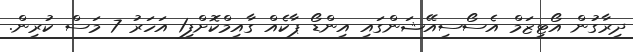
ދިރާގުން އޯޓިޒަމް އެސޯސިއޭޝަންގައި އިންޑޯ ޕާކެއް ގާއިމްކޮށްފި1 އަހަރު 7 މަސް ކުރިން.